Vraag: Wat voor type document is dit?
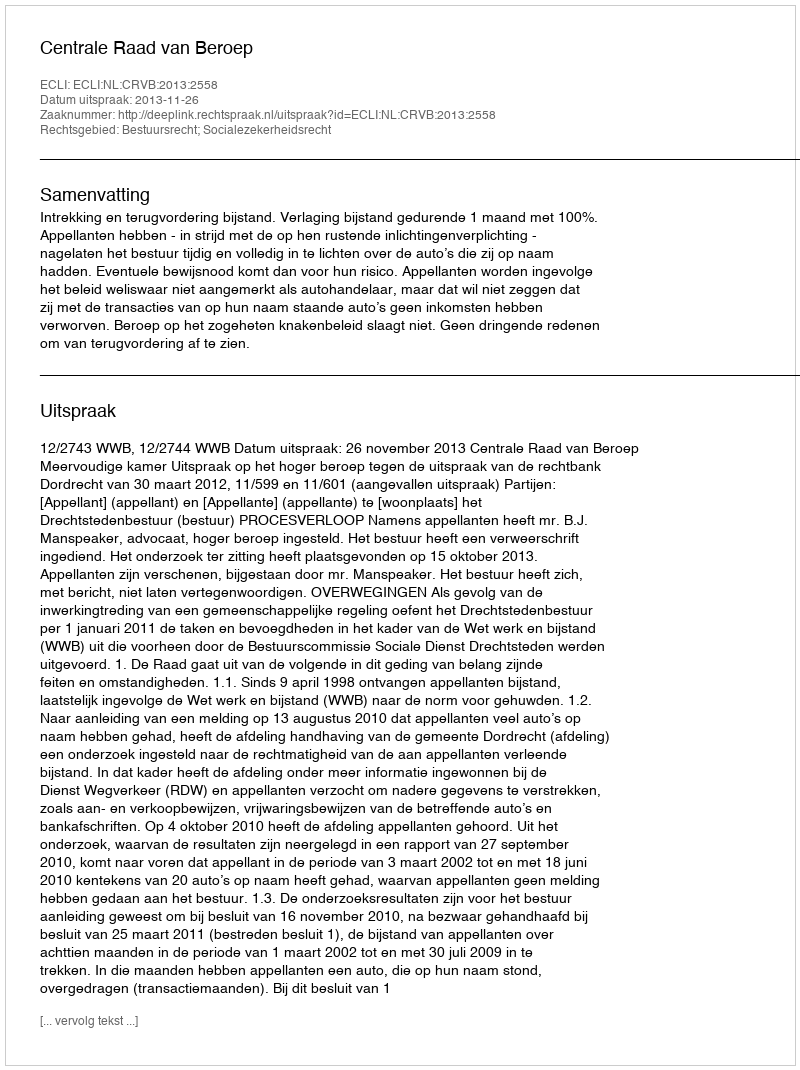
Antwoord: Uitspraak